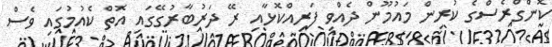
ކޮންގްރެސްގެ ކުރިން މައުމޫން ދެއްވި ފަރިއްކޮޅާއި ރޭ ދަރުބާރުގޭގައި އޮތް ކެއުމުގައި ވެސް